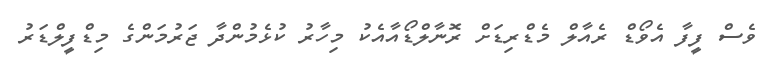
ވެސް ފީފާ އެވޯޑް ރެއާލް މެޑްރިޑަށް ރޮނާލްޑޯއާއެކު މިހާރު ކުޅެމުންދާ ޖަރުމަންގެ މިޑްފީލްޑަރު